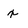
Character: x